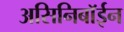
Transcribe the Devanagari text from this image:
असिनिबॉईन